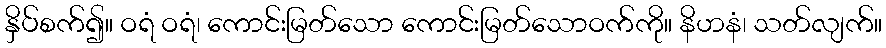
နှိပ်စက်၍။ ဝရံ ဝရံ၊ ကောင်းမြတ်သော ကောင်းမြတ်သောဝက်ကို။ နိဟနံ၊ သတ်လျက်။